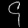
Digit: ၄